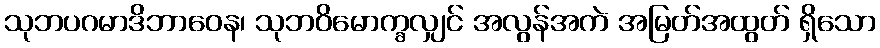
သုဘပဂမာဒိဘာဝေန၊ သုဘဝိမောက္ခလျှင် အလွန်အကဲ အမြတ်အထွတ် ရှိသော